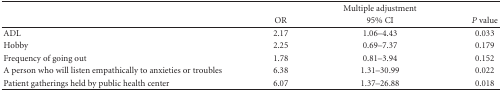
<table><thead><tr><td></td><td><b> </b></td><td><b>Multiple adjustment</b></td><td><b> </b></td></tr><tr><td><b> </b></td><td><b>OR</b></td><td><b>95% CI</b></td><td><b><i>P</i> value</b></td></tr></thead><tbody><tr><td>ADL</td><td>2.17</td><td>1.06–4.43</td><td>0.033</td></tr><tr><td>Hobby</td><td>2.25</td><td>0.69–7.37</td><td>0.179</td></tr><tr><td>Frequency of going out</td><td>1.78</td><td>0.81–3.94</td><td>0.152</td></tr><tr><td>A person who will listen empathically to anxieties or troubles</td><td>6.38</td><td>1.31–30.99</td><td>0.022</td></tr><tr><td>Patient gatherings held by public health center</td><td>6.07</td><td>1.37–26.88</td><td>0.018</td></tr></tbody></table>